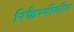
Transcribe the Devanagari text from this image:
रिफैम्पीसीन